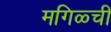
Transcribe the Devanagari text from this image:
मगिळ्ची